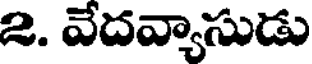
2. వేదవ్యాసుడు